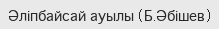
Әліпбайсай ауылы (Б.Әбішев)